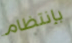
بإنتظام